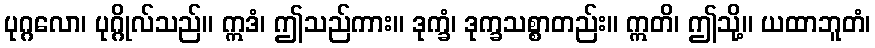
ပုဂ္ဂလော၊ ပုဂ္ဂိုလ်သည်။ ဣဒံ၊ ဤသည်ကား။ ဒုက္ခံ၊ ဒုက္ခသစ္စာတည်း။ ဣတိ၊ ဤသို့။ ယထာဘူတံ၊